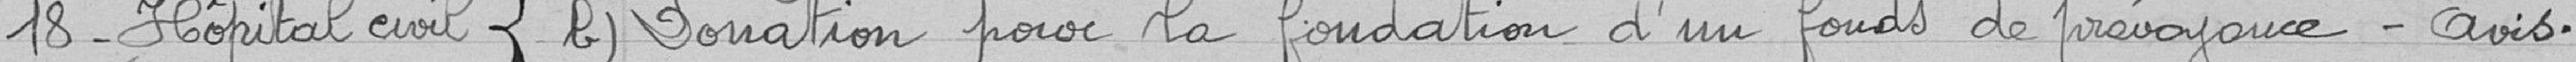
18 - Hôpital civil { b) Donation pour la fondation d'un fonds de prévoyance. Avis.